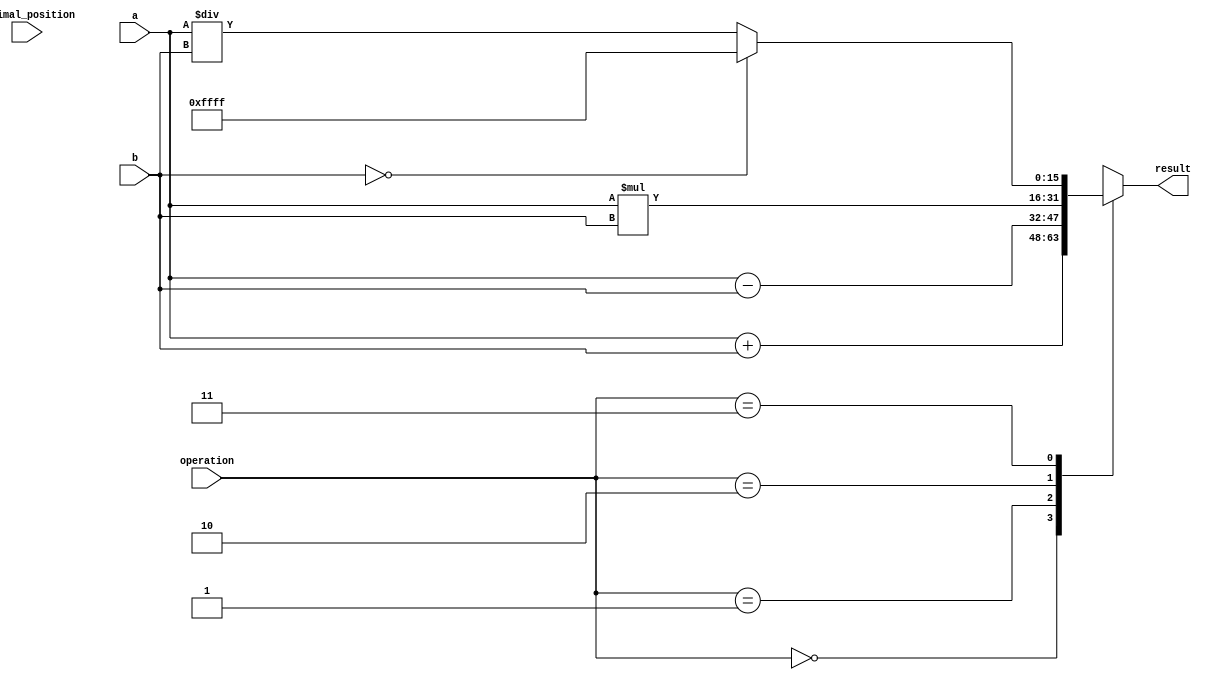
module fixed_point_unit (
  input [15:0] a,
  input [15:0] b,
  input [7:0] decimal_position,
  input [1:0] operation,
  output reg [15:0] result
);

always @(*) begin
  case(operation)
    2'b00: result = a + b; // addition
    2'b01: result = a - b; // subtraction
    2'b10: result = a * b; // multiplication
    2'b11: begin // division
      if (b == 0)
        result = 16'hFFFF; // error, division by zero
      else
        result = a / b;
    end
    default: result = 16'h0000; // default to zero for unknown operation
  endcase
end

endmodule